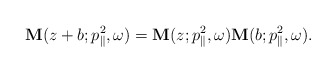
\begin{align*}\mathbf{M}(z+b; p_{\parallel}^2, \omega)=\mathbf{M}(z; p_{\parallel}^2, \omega)\mathbf{M}(b;p_{\parallel}^2, \omega).\end{align*}